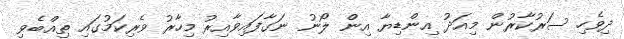
ދިވެހި ސަރުކާރުން މިއަދު އިންޑިޔާ އިން ލޯނު ނަގާފައިވާއިރު މިހާރު ވެރިކަމުގައި ތިއްބެވި